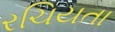
રચિયતા